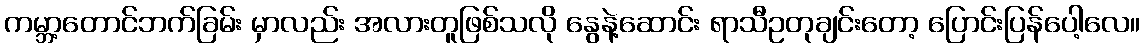
ကမ္ဘာ့တောင်ဘက်ခြမ်း မှာလည်း အလားတူဖြစ်သလို နွေနဲ့ဆောင်း ရာသီဥတုချင်းတော့ ပြောင်းပြန်ပေါ့လေ။